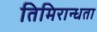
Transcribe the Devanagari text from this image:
तिमिरान्धता